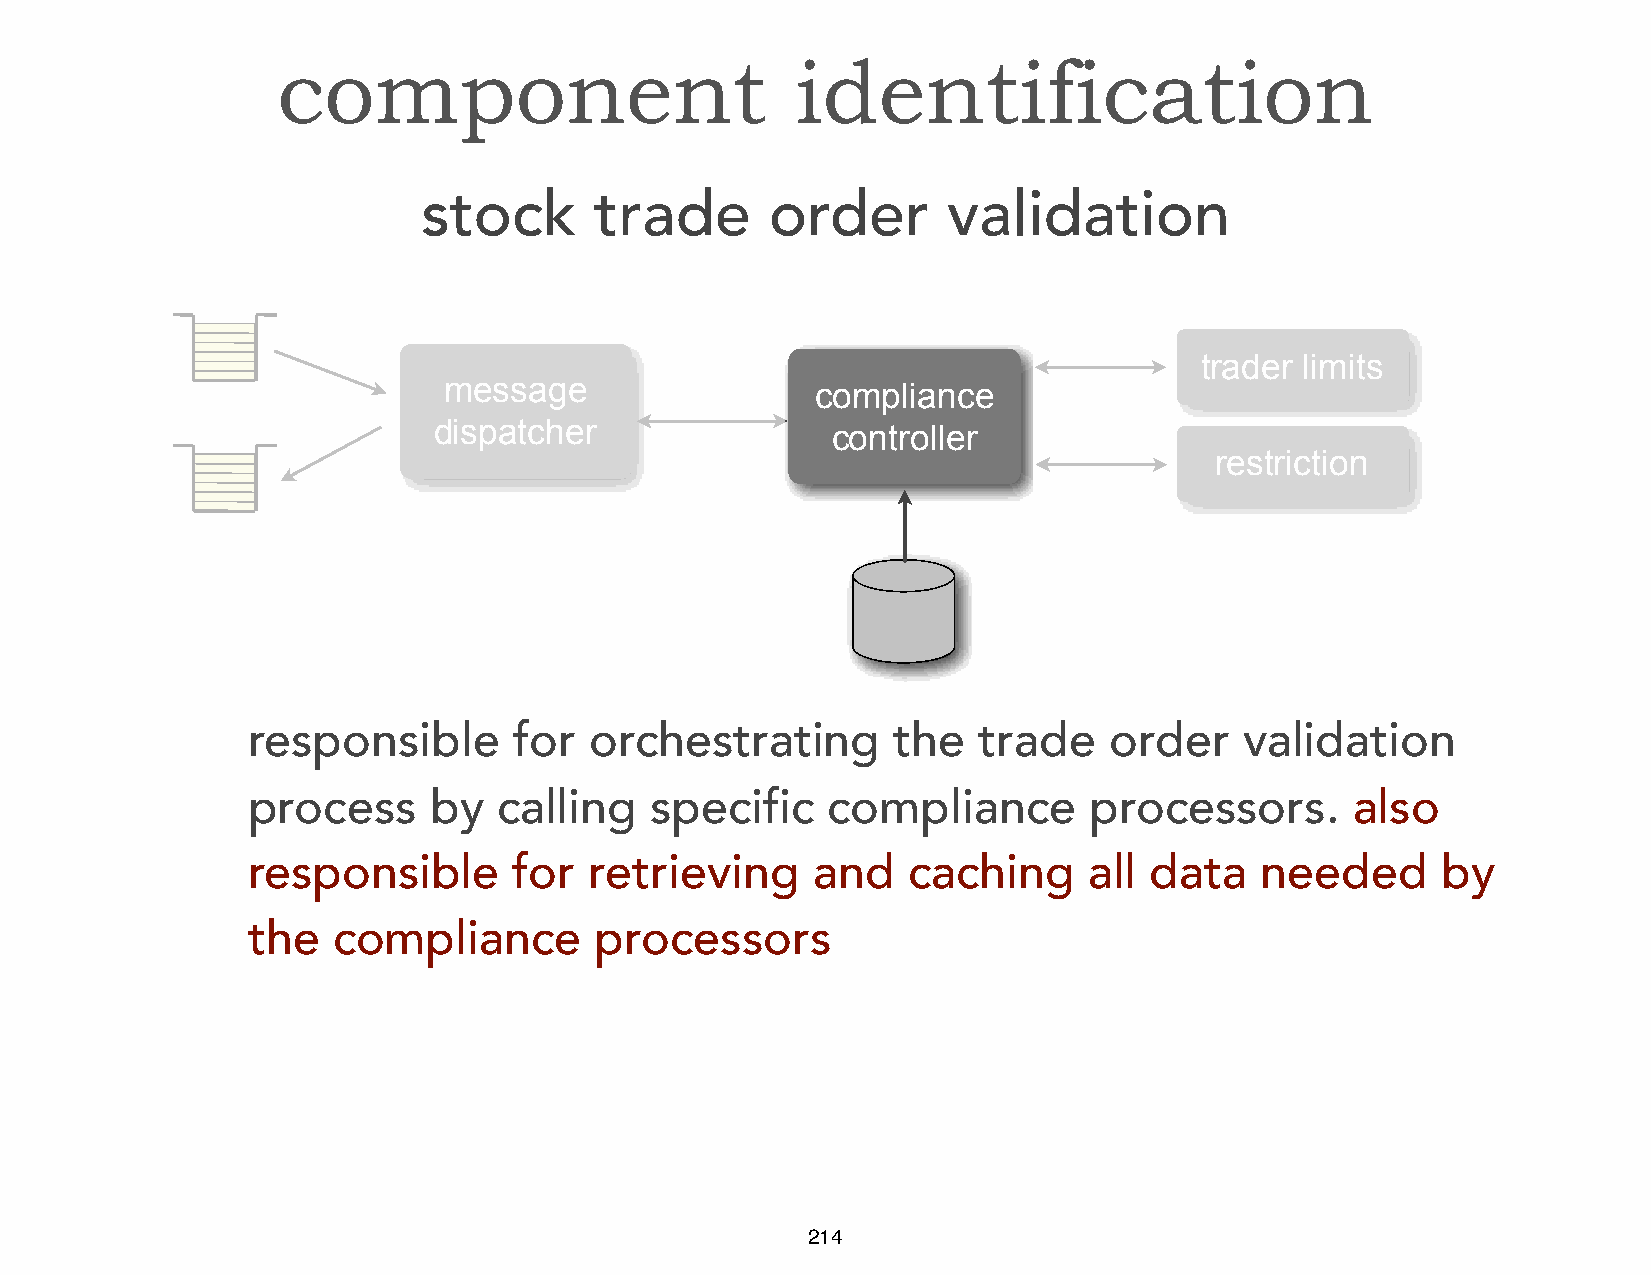
Message     Structure
 component                          identification
 stock      trade       order       validation
 trader limits
 message                  compliance
 dispatcher                controller
 restriction
 responsible       for  orchestrating       the   trade   order    validation
 process     by   calling   specific    compliance       processors.       also
 responsible       for  retrieving     and   caching     all data   needed      by
 the   compliance       processors
 214